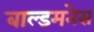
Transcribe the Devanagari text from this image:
बाल्डमनेस